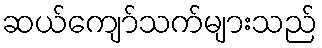
ဆယ်ကျော်သက်များသည်